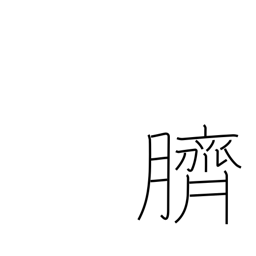
Meaning: navel